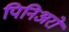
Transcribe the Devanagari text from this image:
पिनिअरो